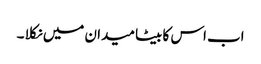
اب اس کا بیٹا میدان میں نکلا ۔